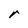
Character: r